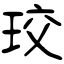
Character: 珓